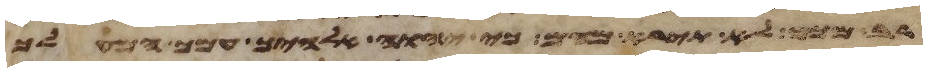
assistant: רב ממך לא תירא מהם כי יהוה אלהיך עמך המעלך